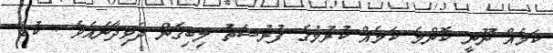
ކަމެއް ނޫނީ ކޮންމެ ކަމެއް ކުރުމުގެ ފުރުސަތު ލިބިގެން ދެވިދާނެއެވެ . ކުޑަ